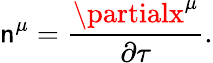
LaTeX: \mathsf{n}^{\mu}=\frac{{\partialx^{\mu}}}{{\partial\tau}}.